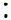
: